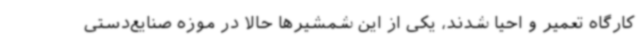
کارگاه تعمیر و احیا شدند، یکی از این شمشیرها حالا در موزه صنایع‌دستی